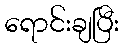
ရောင်းချပြီး